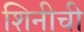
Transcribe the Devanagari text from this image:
शिनीची